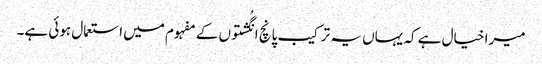
میرا خیال ہے کہ یہاں یہ ترکیب پانچ انگُشتوں کے مفہوم میں استعمال ہوئی ہے۔